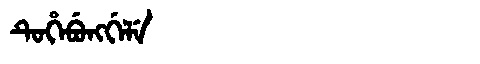
Manchu: ᡨᡠᡥᡝᠪᡠᠩᡤᡝᠯᡝ
Romanization: TUHEBUNGGELE